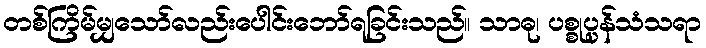
တစ်ကြိမ်မျှသော်လည်းပေါင်းဘော်ရခြင်းသည်။ သာဓု၊ ပစ္စုပ္ပန်သံသရာ